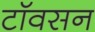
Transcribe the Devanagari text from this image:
टॉवसन